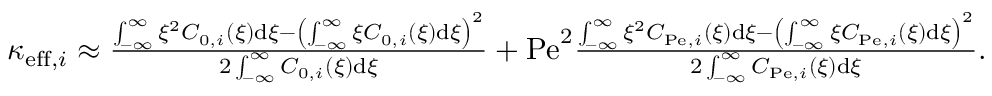
\begin{array} { r l } & { \kappa _ { \mathrm { e f f } , i } \approx \frac { \int _ { - \infty } ^ { \infty } \xi ^ { 2 } C _ { 0 , i } ( \xi ) \mathrm { d } \xi - \left( \int _ { - \infty } ^ { \infty } \xi C _ { 0 , i } ( \xi ) \mathrm { d } \xi \right) ^ { 2 } } { 2 \int _ { - \infty } ^ { \infty } C _ { 0 , i } ( \xi ) \mathrm { d } \xi } + \mathrm { P e } ^ { 2 } \frac { \int _ { - \infty } ^ { \infty } \xi ^ { 2 } C _ { \mathrm { P e } , i } ( \xi ) \mathrm { d } \xi - \left( \int _ { - \infty } ^ { \infty } \xi C _ { \mathrm { P e } , i } ( \xi ) \mathrm { d } \xi \right) ^ { 2 } } { 2 \int _ { - \infty } ^ { \infty } C _ { \mathrm { P e } , i } ( \xi ) \mathrm { d } \xi } . } \end{array}